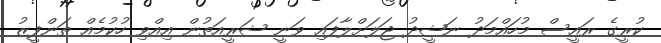
ކުރީގެ ރައީސް މުހައްމަދު ނަޝީދު ޖަލަށްލާފައި ވަނީ ޝަރީއަތުން އިއްވި ހުކުމެއް ތަންފީޒު